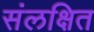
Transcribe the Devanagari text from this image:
संलक्षित